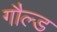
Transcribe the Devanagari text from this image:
गौल्ड